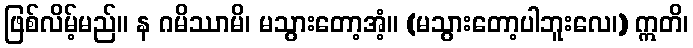
ဖြစ်လိမ့်မည်။ န ဂမိဿာမိ၊ မသွားတော့အံ့။ (မသွားတော့ပါဘူးလေ၊) ဣတိ၊